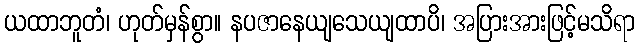
ယထာဘူတံ၊ ဟုတ်မှန်စွာ။ နပဇာနေယျသေယျထာပိ၊ အပြားအားဖြင့်မသိရာ